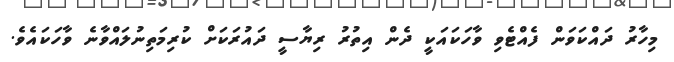
މިހާރު ދައްކަވަން ފެއްޓެވި ވާހަކައަކީ ދެން އިތުރު ރިޔާސީ ދައުރަކަށް ކުރިމަތިނުލައްވާނެ ވާހަކައެވެ.